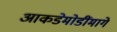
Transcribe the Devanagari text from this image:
आकडेमोडींमागे